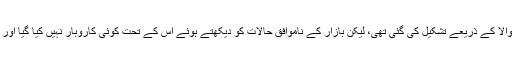
شاہ کی طرف سے جواب دیتے ہوئے وکیل نے کہا :حالانکہ یہ ایل ایل پی جئے شاہ اور کھنڈوالا کے ذریعے تشکیل کی گئی تھی، لیکن بازار کے ناموافق حالات کو دیکھتے ہوئے اس کے تحت کوئی کاروبار نہیں کیا گیا اور اس ایل ایل پی کو ختم کر دیا گیا اور اس کو بہت پہلے ہی رجسٹرڈ رکارڈ سے ہٹا دیا گیا ہے۔